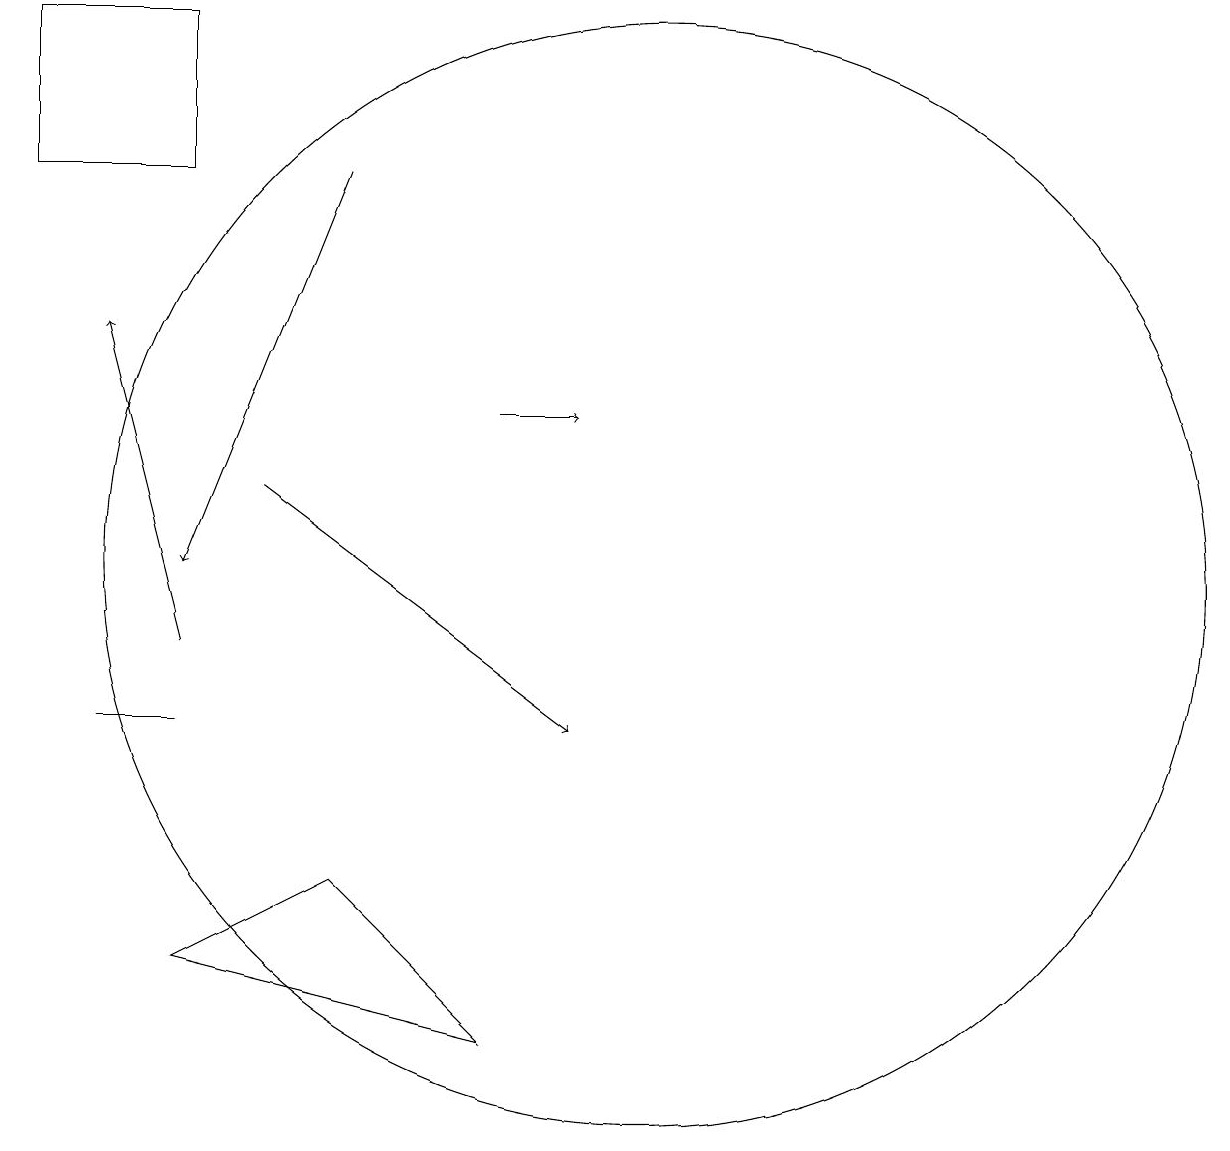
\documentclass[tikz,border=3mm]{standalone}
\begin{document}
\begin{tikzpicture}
\draw[->] (6,17) -- (4,12);
\draw[->] (8,14) -- (9,14);
\draw[->] (4,11) -- (3,15);
\draw[->] (5,13) -- (9,10);
\draw (2,17) rectangle (4,19);
\draw (4,10) rectangle (3,10);
\draw (10,12) circle (7);
\draw (6,8) -- (8,6) -- (4,7) -- cycle;
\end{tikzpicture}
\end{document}